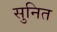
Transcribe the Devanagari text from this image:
सुनित